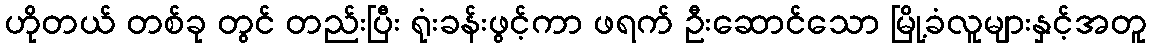
ဟိုတယ် တစ်ခု တွင် တည်းပြီး ရုံးခန်းဖွင့်ကာ ဖရက် ဦးဆောင်သော မြို့ခံလူများနှင့်အတူ